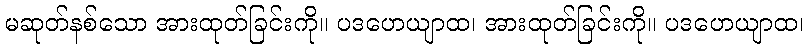
မဆုတ်နစ်သော အားထုတ်ခြင်းကို။ ပဒဟေယျာထ၊ အားထုတ်ခြင်းကို။ ပဒဟေယျာထ၊